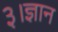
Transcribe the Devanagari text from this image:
३।ज्ञान